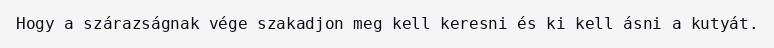
Hogy a szárazságnak vége szakadjon meg kell keresni és ki kell ásni a kutyát.